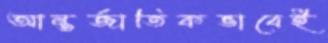
আন্তর্জাতিকভাবেই